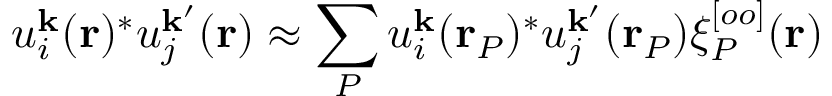
u _ { i } ^ { \mathbf { k } } ( \mathbf { r } ) ^ { * } u _ { j } ^ { \mathbf { k } ^ { \prime } } ( \mathbf { r } ) \approx \sum _ { P } u _ { i } ^ { \mathbf { k } } ( \mathbf { r } _ { P } ) ^ { * } u _ { j } ^ { \mathbf { k } ^ { \prime } } ( \mathbf { r } _ { P } ) \xi _ { P } ^ { [ o o ] } ( \mathbf { r } )